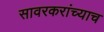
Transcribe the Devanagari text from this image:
सावरकरांच्याच